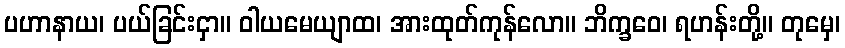
ပဟာနာယ၊ ပယ်ခြင်းငှာ။ ဝါယမေယျာထ၊ အားထုတ်ကုန်လော။ ဘိက္ခဝေ၊ ရဟန်းတို့။ တုမှေ၊